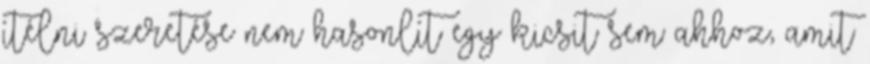
ítélni szeretése nem hasonlít egy kicsit sem ahhoz, amit